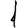
Digit: 1